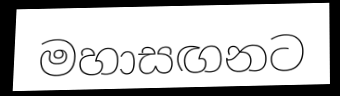
මහාසඟනට